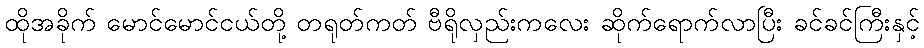
ထိုအခိုက် မောင်မောင်ငယ်တို့ တရုတ်ကတ် ဗီရိုလှည်းကလေး ဆိုက်ရောက်လာပြီး ခင်ခင်ကြီးနှင့်